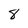
Character: 8